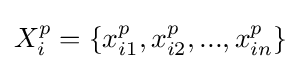
X_{i}^{p}=\{x_{i1}^{p},x_{i2}^{p},...,x_{in}^{p}\}